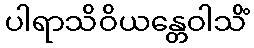
ပါရာသိဝိယန္တေဝါသိံ